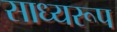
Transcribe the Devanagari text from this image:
साध्यरूप